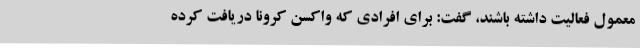
معمول فعالیت داشته باشند، گفت: برای افرادی که واکسن کرونا دریافت کرده